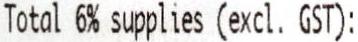
TOTAL 6% SUPPLIES (EXCL. GST):